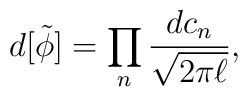
d[\tilde\phi]=\prod_n\frac{dc_n}{\sqrt{2\pi\ell}},\nonumber